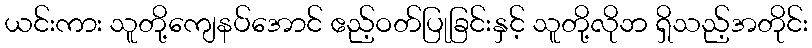
ယင်းကား သူတို့ကျေနပ်အောင် ဧည့်ဝတ်ပြုခြင်းနှင့် သူတို့လိုဘ ရှိသည့်အတိုင်း